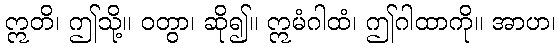
ဣတိ၊ ဤသို့။ ဝတွာ၊ ဆို၍။ ဣမံဂါထံ၊ ဤဂါထာကို။ အာဟ၊